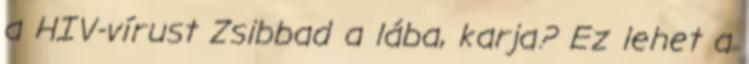
a HIV-vírust Zsibbad a lába, karja? Ez lehet a